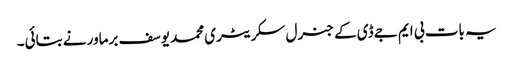
یہ بات بی ایم جے ڈی کے جنرل سکریٹری محمد یوسف برماور نے بتائی۔